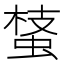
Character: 𧌔